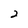
Character: 2